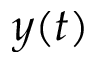
y ( t )